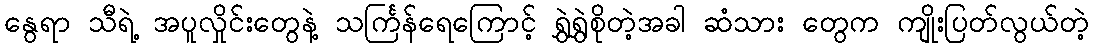
နွေရာ သီရဲ့ အပူလှိုင်းတွေနဲ့ သင်္ကြန်ရေကြောင့် ရွှဲရွှဲစိုတဲ့အခါ ဆံသား တွေက ကျိုးပြတ်လွယ်တဲ့